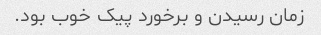
زمان رسیدن و برخورد پیک خوب بود.